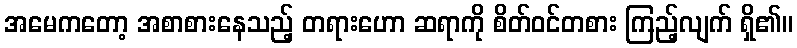
အမေကတော့ အစာစားနေသည့် တရားဟော ဆရာကို စိတ်ဝင်တစား ကြည့်လျက် ရှိ၏။